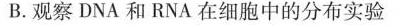
B.观察DNA和RNA在细胞中的分布实验